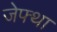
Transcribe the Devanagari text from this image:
जेफ्था